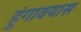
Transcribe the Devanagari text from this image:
हुंगावयास